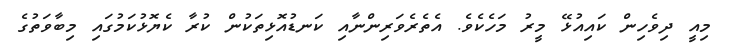
މިއީ ދިވެހިން ކައިއުޅޭ މީރު މަހެކެވެ. އެތެރެވަރިންނާއި ކަނޑުއޮޅިތަކުން ކުރާ ކެޔޮޅުކަމުގައި މިބާވަތުގެ